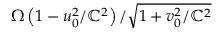
\Omega \left( 1 - u _ { 0 } ^ { 2 } / \mathbb { C } ^ { 2 } \right) / \sqrt { 1 + v _ { 0 } ^ { 2 } / \mathbb { C } ^ { 2 } }